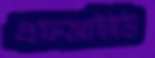
এফআইইউ